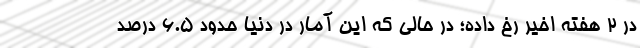
در ۲ هفته اخیر رخ داده؛ در حالی که این آمار در دنیا حدود ۶.۵ درصد